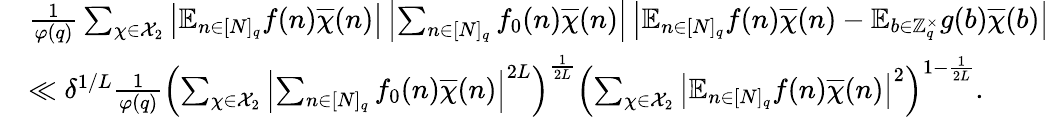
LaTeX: \begin{array}{r}{\begin{array}{rl}&{\frac{1}{\varphi(q)}\sum_{\chi\in\mathcal{X}_{2}}\left|\mathbb{E}_{n\in[N]_{q}}f(n)\overline{{\chi}}(n)\right|\left|\sum_{n\in[N]_{q}}f_{0}(n)\overline{{\chi}}(n)\right|\left|\mathbb{E}_{n\in[N]_{q}}f(n)\overline{{\chi}}(n)-\mathbb{E}_{b\in\mathbb{Z}_{q}^{\times}}g(b)\overline{{\chi}}(b)\right|}\\ &{\ll\delta^{1/L}\frac{1}{\varphi(q)}\left(\sum_{\chi\in\mathcal{X}_{2}}\left|\sum_{n\in[N]_{q}}f_{0}(n)\overline{{\chi}}(n)\right|^{2L}\right)^{\frac{1}{2L}}\left(\sum_{\chi\in\mathcal{X}_{2}}\left|\mathbb{E}_{n\in[N]_{q}}f(n)\overline{{\chi}}(n)\right|^{2}\right)^{1-\frac{1}{2L}}.}\end{array}}\end{array}